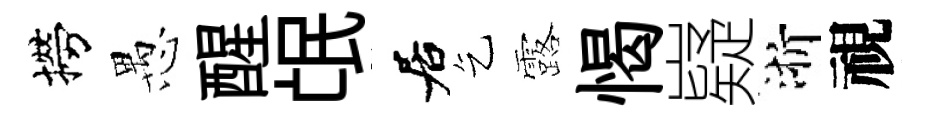
撈愚醒氓居乞露愒嶷浙視